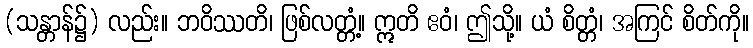
(သန္တာန်၌) လည်း။ ဘဝိဿတိ၊ ဖြစ်လတ္တံ့။ ဣတိ ဧဝံ၊ ဤသို့။ ယံ စိတ္တံ၊ အကြင် စိတ်ကို။